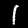
Label: 1